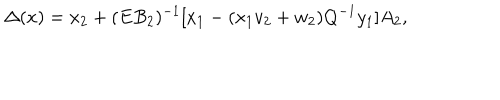
LaTeX: \Delta ( x ) = x _ { 2 } + ( E B _ { 2 } ) ^ { - 1 } \lbrack x _ { 1 } - ( x _ { 1 } v _ { 2 } + w _ { 2 } ) Q ^ { - 1 } y _ { 1 } \rbrack A _ { 2 } ,